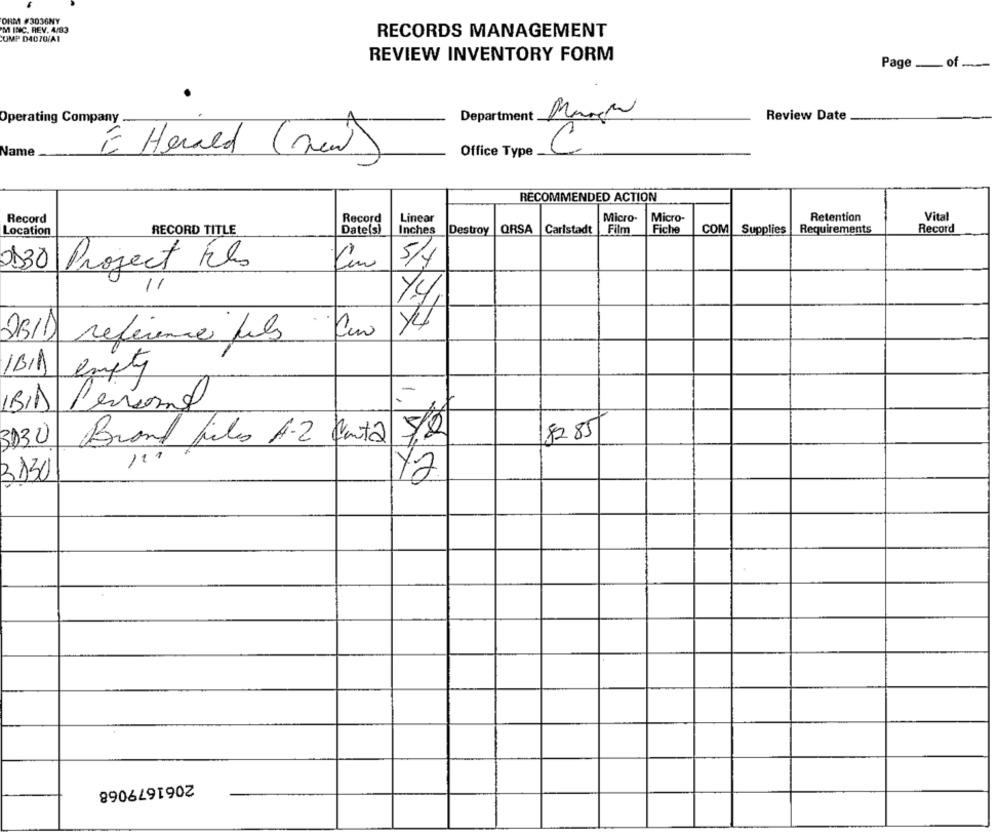
ORMA #3036NY
M INC. REV. 4/83
RECORDS MANAGEMENT
CUMP D4070/A1
REVIEW INVENTORY FORM
Page of
25
Department
Review Date
Operating Company
Name
E Hoved (new)
Office Type
RECOMMENDED ACTION
Record
Record
Linear
Micro-
Micro-
Retention
Vital
Location
RECORD TITLE
Date(s)
Inches
Destroy
QRSA
Carlstadt
Film
Fiche
COM
Supplies
Requirements
Record
0130
5/4
Project Fils
251) reference fils
1B/A
empty
-
(BID Persons
72.85
3130
Brand files A.2 Canta
3130
2,50
2061679068